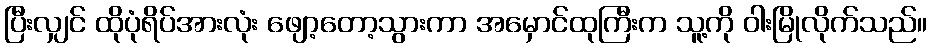
ပြီးလျှင် ထိုပုံရိပ်အားလုံး ဖျော့တော့သွားကာ အမှောင်ထုကြီးက သူ့ကို ဝါးမြိုလိုက်သည်။